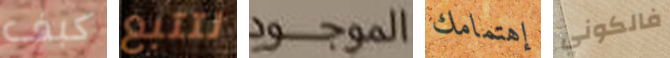
كبف نتتبع الموجود إهتمامك فالكوني